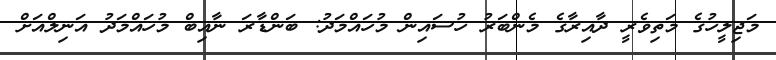
މަޖިލީހުގެ މަތިވެރީ ދާއިރާގެ މެންބަރު ހުސައިން މުހައްމަދު: ބަންޑާރަ ނާއިބް މުހައްމަދު އަނިލްއަށް